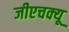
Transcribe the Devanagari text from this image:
जीएचक्यू